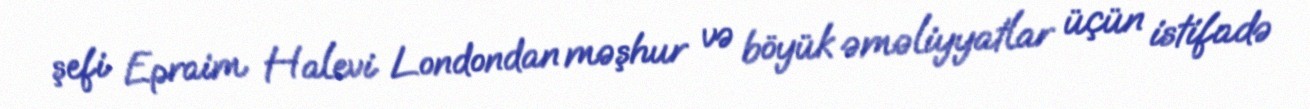
şefi Epraim Halevi Londondan məşhur və böyük əməliyyatlar üçün istifadə